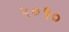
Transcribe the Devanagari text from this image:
५०१०